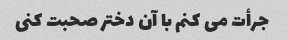
جرأت می کنم با آن دختر صحبت کنی